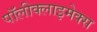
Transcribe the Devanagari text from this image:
पॉलीक्लाइमेक्स